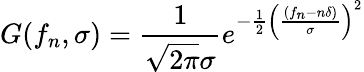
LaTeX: G(f_{n},\sigma)=\frac{1}{\sqrt{2\pi}\sigma}e^{{-\frac{1}{2}\left(\frac{(f_{n}-n\delta)}{\sigma}\right)^{2}}}